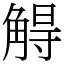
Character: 䚟